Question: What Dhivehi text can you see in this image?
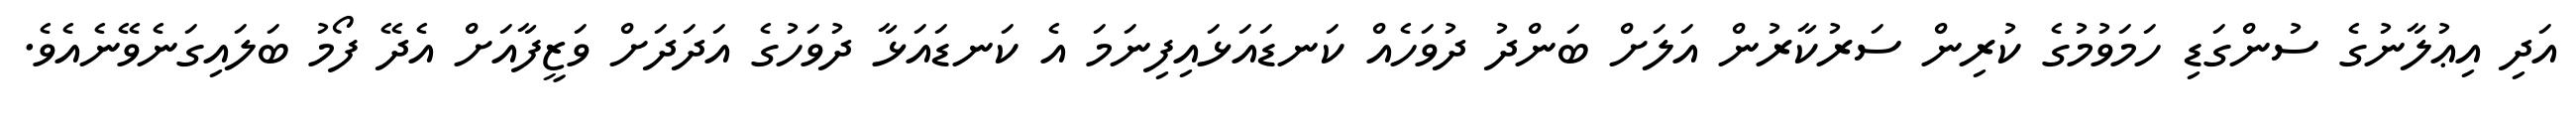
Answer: އަދި އިޢުލާނުގެ ސުންގަޑި ހަމަވުމުގެ ކުރިން ސަރުކާރުން އަލަށް ބަންދު ދުވަހެއް ކަނޑައަޅައިފިނަމަ އެ ކަނޑައަޅާ ދުވަހުގެ އަދަދަށް ވަޒީފާއަށް އެދޭ ފޯމު ބަލައިގަނެވޭނެއެވެ.